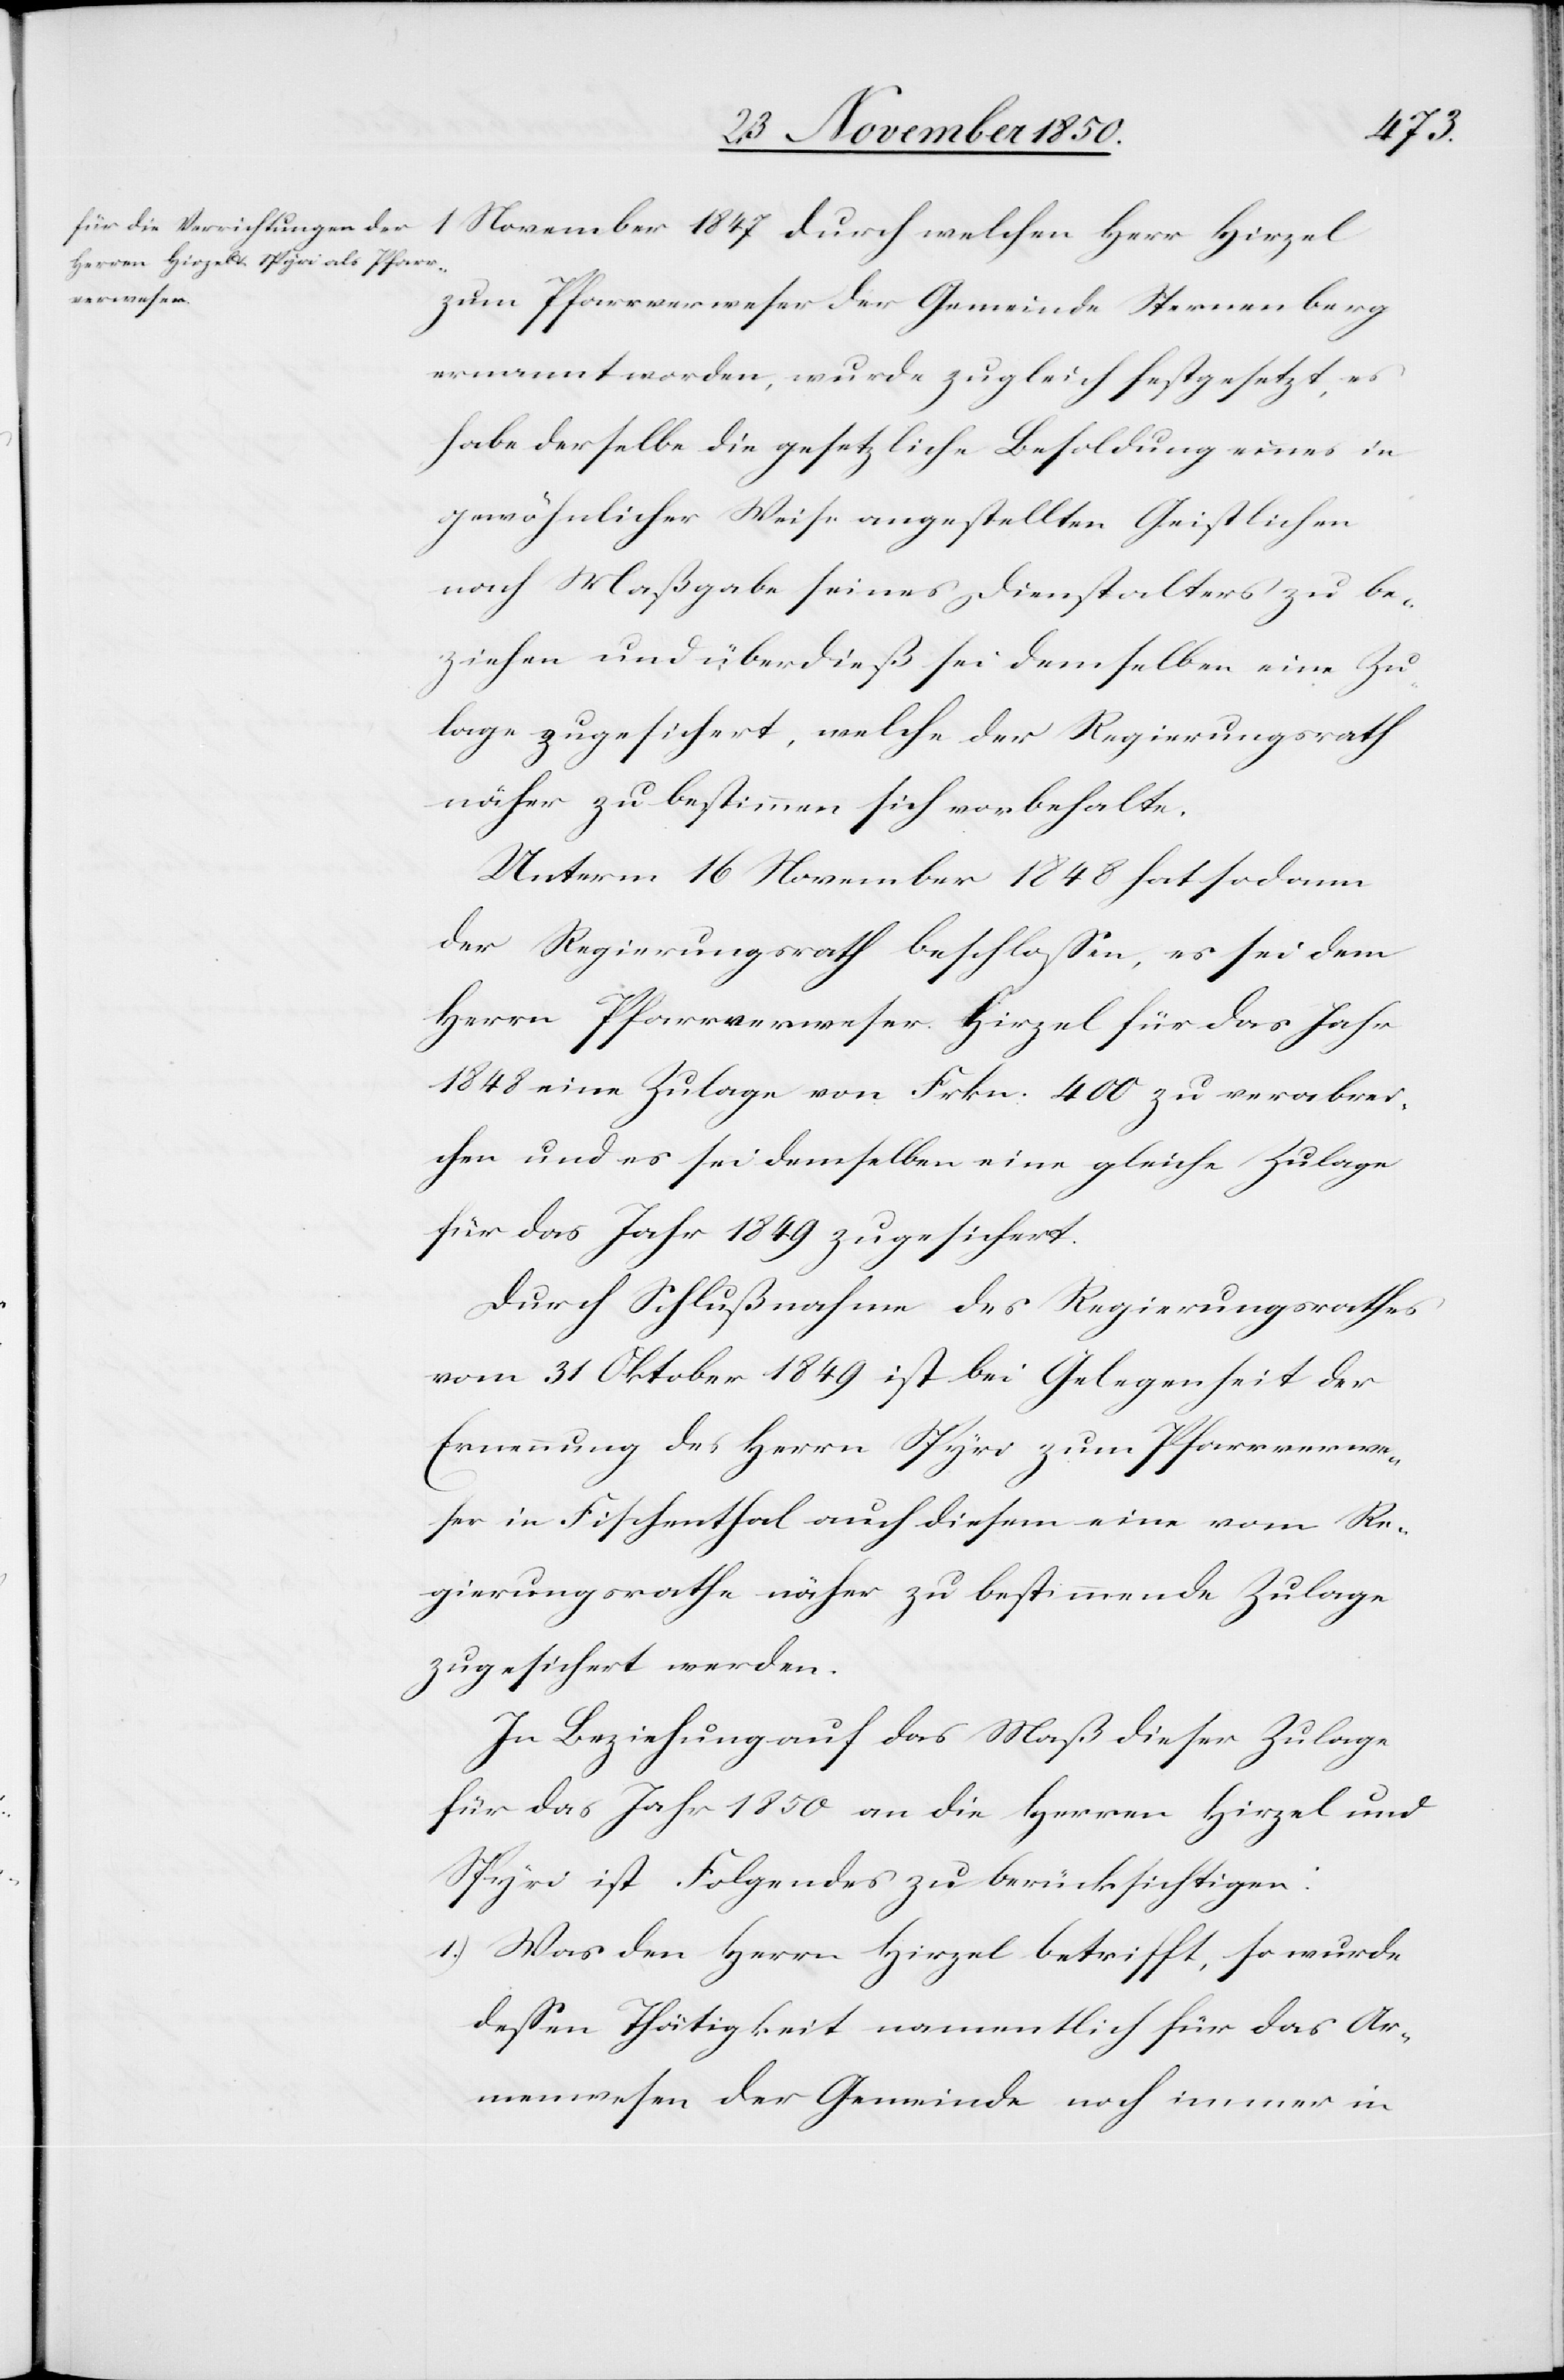
1 November 1847
zum Pfarrverweser der Gemeinde Sternenberg
ernannt worden, wurde zugleich festgesetzt, es
habe derselbe die gesetzliche Besoldung eines in
gewöhnlicher Weise angestellten Geistlichen
nach Maßgabe seines Dienstalters zu be¬
ziehen und überdieß sei demselben eine Zu¬
lage zugesichert, welche der Regierungsrath
näher zu bestimmen sich vorbehalte.
Unterm 16 November 1848 hat sodann
der Regierungsrath beschlossen, es sei dem
Herrn Pfarrverweser Hirzel für das Jahr
1848 eine Zulage von Frkn. 400 zu verabrei¬
chen und es sei demselben eine gleiche Zulage
für das Jahr 1849 zugesichert.
Durch Schlußnahme des Regierungsrathes
vom 31 Oktober 1849 ist bei Gelegenheit der
Ernennung des Herrn Spyri zum Pfarrverwe¬
ser in Fischenthal auch diesem eine vom Re¬
gierungsrathe näher zu bestimmende Zulage
zugesichert werden
In Beziehung auf das Maß dieser Zulage
für das Jahr 1850 an die Herren Hirzel und
Spyri ist Folgendes zu berücksichtigen:
1.) Was den Herrn Hirzel betrifft, so wurde
dessen Thätigkeit namentlich für das Ar¬
menwesen der Gemeinde noch immer in